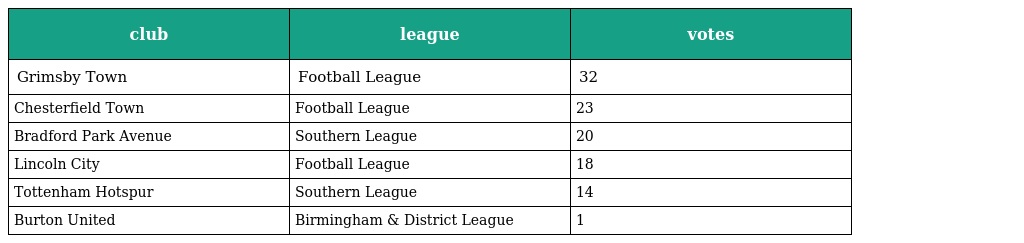
| club | league | votes |
 | --- | --- | --- |
 | Grimsby Town | Football League | 32 |
 | Chesterfield Town | Football League | 23 |
 | Bradford Park Avenue | Southern League | 20 |
 | Lincoln City | Football League | 18 |
 | Tottenham Hotspur | Southern League | 14 |
 | Burton United | Birmingham & District League | 1 |